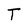
Character: T